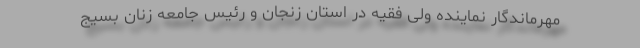
مهرماندگار نماینده ولی فقیه در استان زنجان و رئیس جامعه زنان بسیج